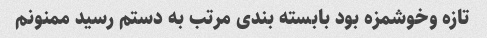
تازه وخوشمزه بود بابسته بندی مرتب به دستم رسید ممنونم